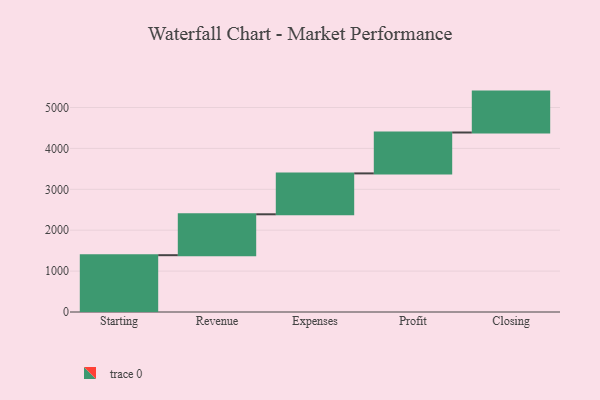
{"axis": {"x": "Step", "y": "Value"}, "legend": [""], "data": [{"x": "Starting", "y": 1389.0, "type": ""}, {"x": "Revenue", "y": 1000, "type": ""}, {"x": "Expenses", "y": 1000, "type": ""}, {"x": "Profit", "y": 1000, "type": ""}, {"x": "Closing", "y": 1000, "type": ""}]}